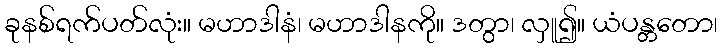
ခုနစ်ရက်ပတ်လုံး။ မဟာဒါနံ၊ မဟာဒါနကို။ ဒတွာ၊ လှူ၍။ ယံပန္တတော၊